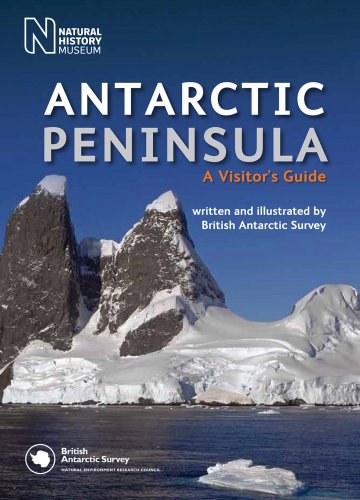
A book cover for Antarctic Peninsula: A Visitor's Guide; British Antarctic Survey; Travel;